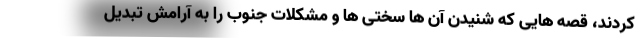
کردند، قصه هایی که شنیدن آن ها سختی ها و مشکلات جنوب را به آرامش تبدیل